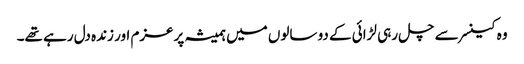
وہ کینسر سے چل رہی لڑائی کے دو سالوں میں ہمیشہ پرعزم اور زندہ دل رہے تھے۔